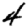
Digit: 4